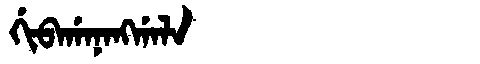
Manchu: ᡤᡳᠪᠠᡤᠠᠨᠠᠩᡤᠠᠯᠠ
Romanization: GIBAGANANGGALA